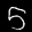
Label: 5